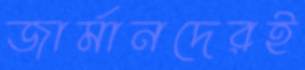
জার্মানদেরই